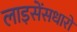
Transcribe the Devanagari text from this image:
लाइसेंसधारों